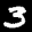
Label: 3